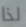
لذا